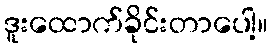
ဒူးထောက်ခိုင်းတာပေါ့။